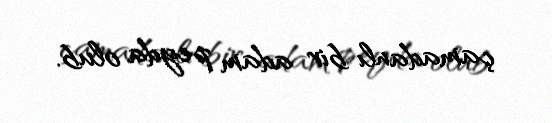
çamadanlı bir adam peyda olub.